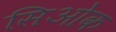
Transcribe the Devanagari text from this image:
सिओक